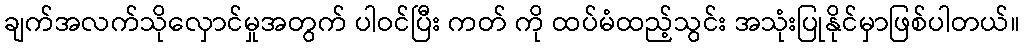
ချက်အလက်သိုလှောင်မှုအတွက် ပါဝင်ပြီး ကတ် ကို ထပ်မံထည့်သွင်း အသုံးပြုနိုင်မှာဖြစ်ပါတယ်။